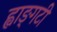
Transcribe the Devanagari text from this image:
ह्वाङ्‌गटी